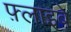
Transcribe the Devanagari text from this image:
फ़्लाइबे